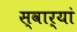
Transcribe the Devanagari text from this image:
स्वार्‍यां